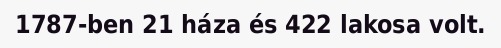
1787-ben 21 háza és 422 lakosa volt.